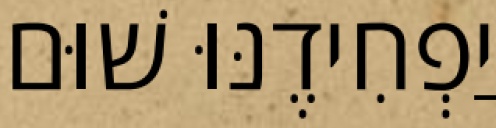
יַפְחִידֶנּוּ שׁוּם